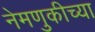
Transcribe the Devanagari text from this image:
नेमणुकीच्या